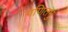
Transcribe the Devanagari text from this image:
गणितमु